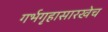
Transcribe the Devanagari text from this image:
गर्भगृहासारखेच